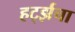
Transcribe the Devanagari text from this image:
हर्ट्झचा